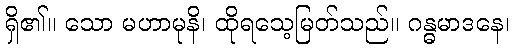
ရှိ၏။ သော မဟာမုနိ၊ ထိုရသေ့မြတ်သည်။ ဂန္ဓမာဒနေ၊